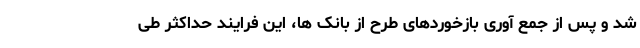
شد و پس از جمع آوری بازخوردهای طرح از بانک ها، این فرایند حداکثر طی